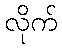
လိုက်